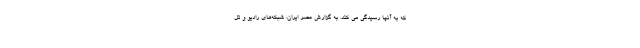
که به آنها رسیدگی می کند. به گزارش عصر ایران، شبکه‌های رادیو و تل